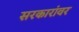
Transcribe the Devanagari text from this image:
सरकारांवर